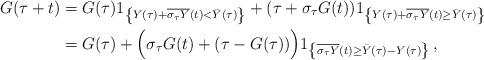
LaTeX: \begin{align*}G(\tau+t)&=G(\tau)1_{\left\{Y(\tau)+\overline{\sigma_\tau Y}(t)<\bar{Y}(\tau)\right\}}+(\tau+\sigma_\tau G(t))1_{\left\{Y(\tau)+\overline{\sigma_\tau Y}(t)\ge\bar{Y}(\tau)\right\}}\\&=G(\tau)+ \Big(\sigma_{\tau}G(t)+(\tau-G(\tau)) \Big)1_{\left\{\overline{\sigma_\tau Y}(t)\ge\bar{Y}(\tau)-Y(\tau)\right\}}\,,\end{align*}